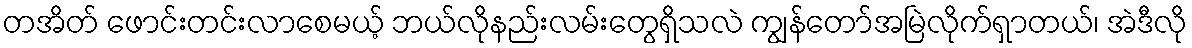
တအိတ် ဖောင်းတင်းလာစေမယ့် ဘယ်လိုနည်းလမ်းတွေရှိသလဲ ကျွန်တော်အမြဲလိုက်ရှာတယ်၊ အဲဒီလို